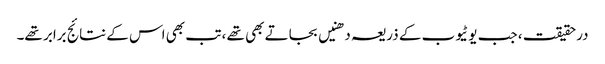
درحقیقت ، جب یوٹیوب کے ذریعہ دھنیں بجاتے بھی تھے ، تب بھی اس کے نتائج برابر تھے۔